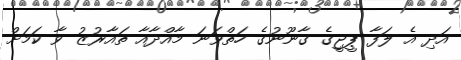
އަދި އެ ލަފާ ޕީޖީގެ ގާނޫނުގެ ހަތްވަނަ މާއްދާއާ ތައާރުޒު ވާ ކަމަށް